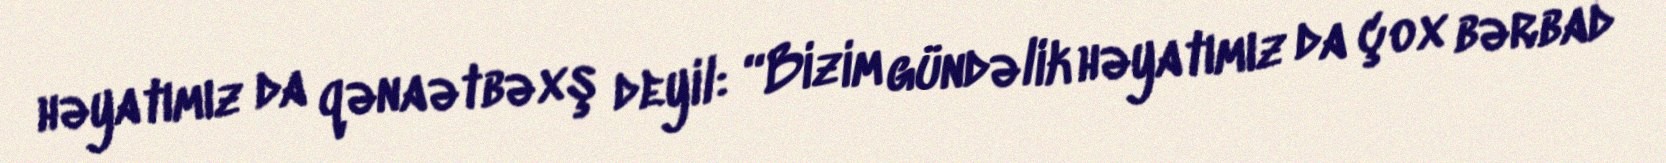
həyatımız da qənaətbəxş deyil: “Bizim gündəlik həyatımız da çox bərbad